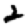
Digit: 2